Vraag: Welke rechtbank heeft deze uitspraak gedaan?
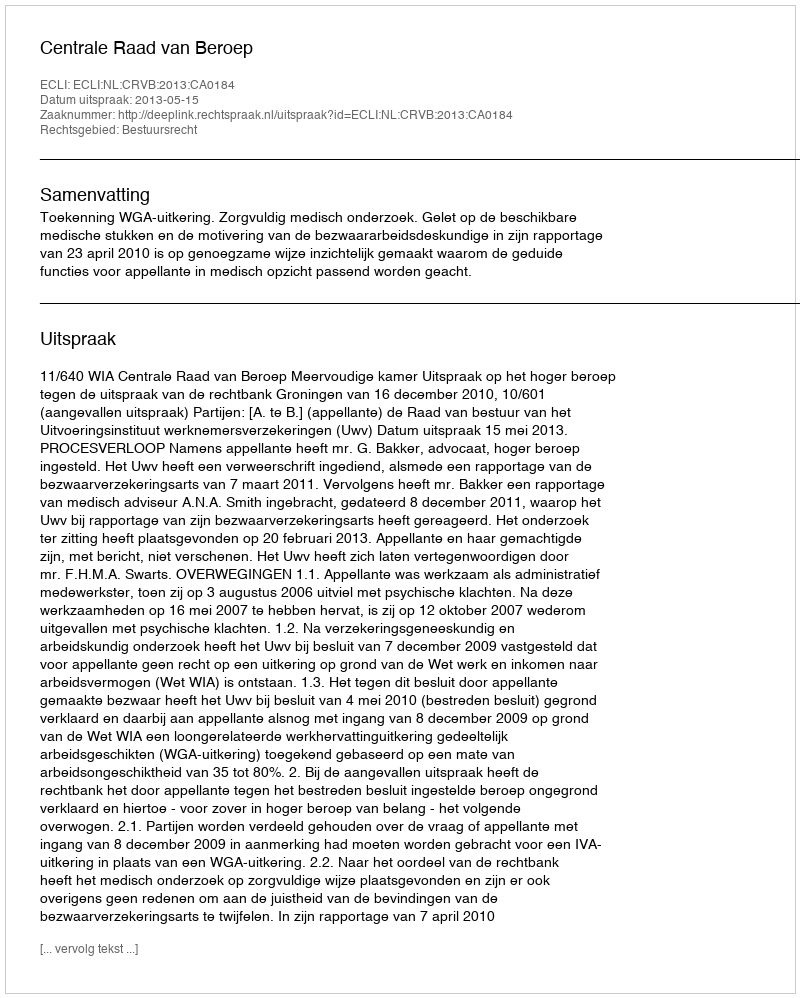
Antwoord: Centrale Raad van Beroep